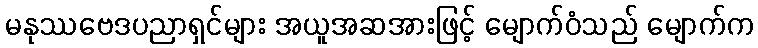
မနုဿဗေဒပညာရှင်များ အယူအဆအားဖြင့် မျောက်ဝံသည် မျောက်က